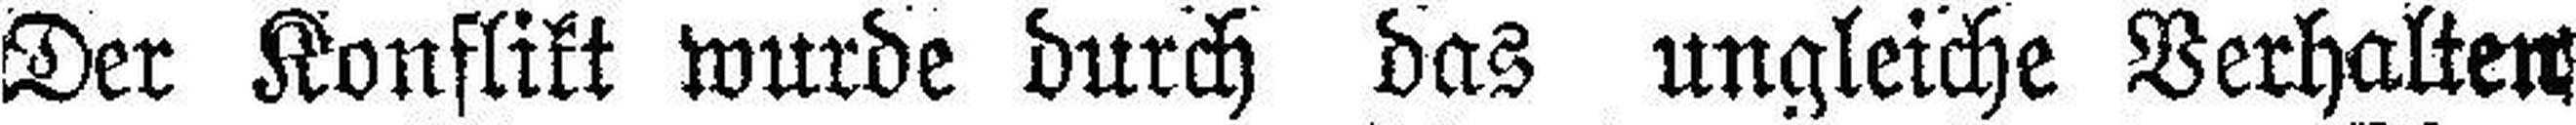
Der Konflikt wurde durch das ungleiche Verhalten